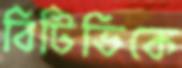
বিটিভিকে